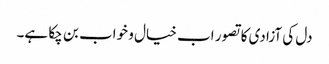
دل کی آزادی کا تصور اب خیال و خواب بن چکا ہے۔